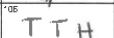
Transcription: TTH